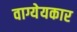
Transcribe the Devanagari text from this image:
वाग्येयकार